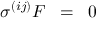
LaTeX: \sigma ^ { ( i j ) } F \; \; = \; \; 0